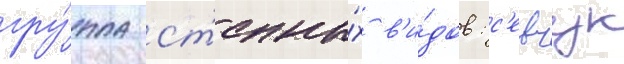
гру́ппа ст'епны́х в'и́дов: с'евчук